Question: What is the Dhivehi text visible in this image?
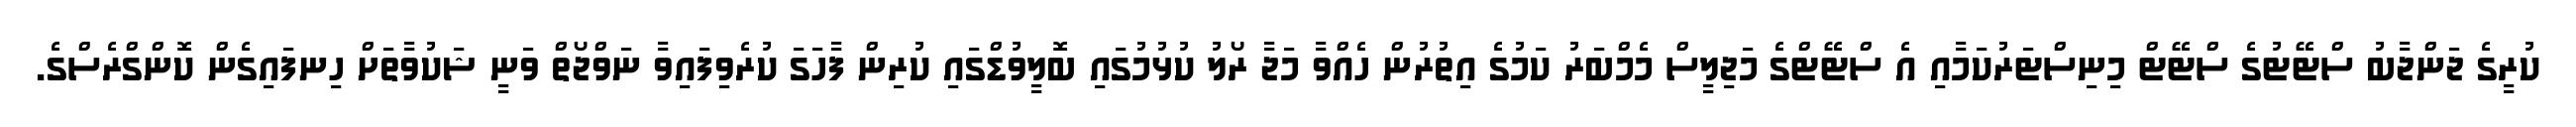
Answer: ކުރީގެ ޖަންޖާބު ސްޓޭޓުގެ ސްޓޭޓް މިނިސްޓަރުކަމާއި އެ ސްޓޭޓްގެ މަޖިލީސް މެމްބަރު ކަމުގެ އިތުރުން ހެއްވާ މަޖާ ރޯލު ކުޅުމުގައި ބޮލީވުޑްގައި ކުރިން ފާހަގަ ކުރެވިފައިވާ ނަވްޖޯތް ވަނީ ޝަކުވާތަށް ހިނފައިގެން ކޮންގްރެސްގެ.